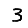
Digit: 3